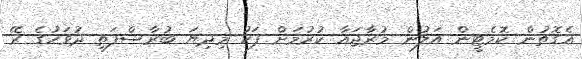
އެގޮތުން ކޮމެޓީން އަލުން މުރާޖައާ ކުރުމަށް ފަހު މިދިޔަ ބުރާސްފަތި ދުވަހުގެ ރޭ